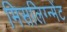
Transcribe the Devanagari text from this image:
मिसलिग्न्मेंट